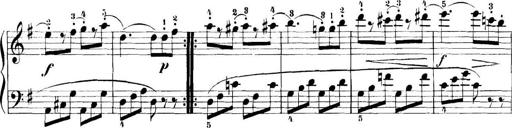
Title: 11 Sonatinas
Composer: Anton Diabelli